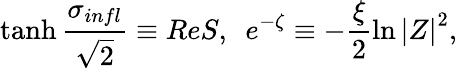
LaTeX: \operatorname{tanh}\frac{\sigma_{infl}}{\sqrt{2}}\equiv ReS,\ \ e^{-\zeta}\equiv-\frac{\xi}{2}\ln\left|Z\right|^{2},